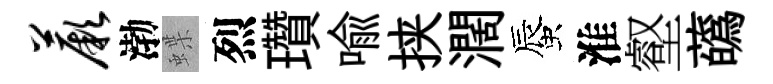
蕨渤蝶烈瓚喩挟濶蜃淮壑蘤